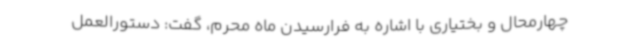
چهارمحال و بختیاری با اشاره به فرارسیدن ماه محرم، گفت: دستورالعمل